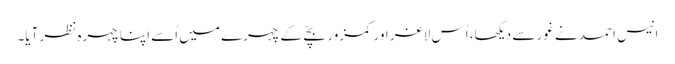
انیس احمد نے غور سے دیکھا، اُس لاغر اور کمزور بچّے کے چہرے میں اُسے اپنا چہرہ نظر آیا۔